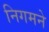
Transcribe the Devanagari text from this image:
निगमने